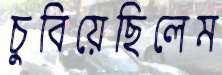
চুবিয়েছিলেম